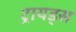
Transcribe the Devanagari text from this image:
ट्रायड्स